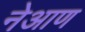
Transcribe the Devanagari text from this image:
नेआण